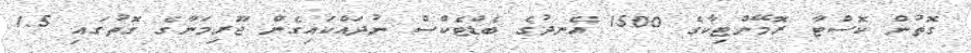
ގޮތުން ކޮސްޓާ ރޮމޭންޓިކާގެ 1500 އެނދުގެ ބެޑްޓެކްސް ނުދައްކައިގެން ޖޫރިމަނާގެ ގޮތުގައި 1.5